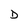
Character: D